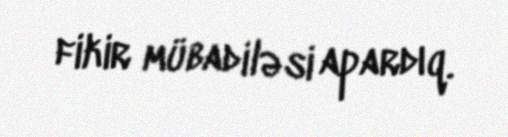
fikir mübadiləsi apardıq.